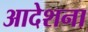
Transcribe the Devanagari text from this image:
आदेशना